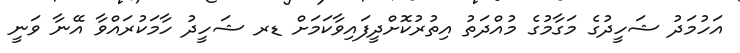
އަހުމަދު ޝަހީދުގެ މަގާމުގެ މުއްދަތު އިތުރުކޮށްދީފައިވާކަމަށް ޑރ ޝަހީދު ހާމަކުރައްވާ އޭނާ ވަނީ